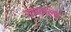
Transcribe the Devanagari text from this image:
टाळाला